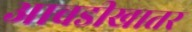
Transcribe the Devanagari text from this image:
आवडीखातर